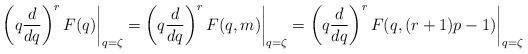
LaTeX: \begin{align*}\left(q\frac{d}{dq}\right)^r F(q)\biggr\rvert_{q=\zeta} = \left(q\frac{d}{dq}\right)^r F(q, m)\biggr\rvert_{q=\zeta} = \left(q\frac{d}{dq}\right)^r F(q, (r+1)p-1)\biggr\rvert_{q=\zeta}\end{align*}